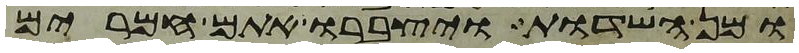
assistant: ומן השדות ויצברו אתם חמרים